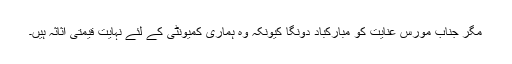
مگر جناب مورس عنایت کو مبارکباد دونگا کیونکہ وہ ہماری کمیونٹی کے لئے نہایت قیمتی اثاثہ ہیں۔